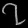
Digit: ၇